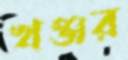
খঞ্জর